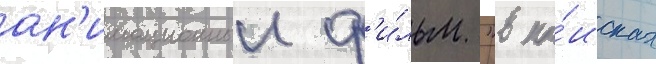
ан'имационныи ф'и́льм "в по́исках